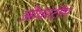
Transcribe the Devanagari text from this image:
ओवरटोंस